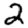
Digit: 2